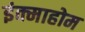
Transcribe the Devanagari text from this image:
इंक्माहोम